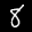
Label: 8